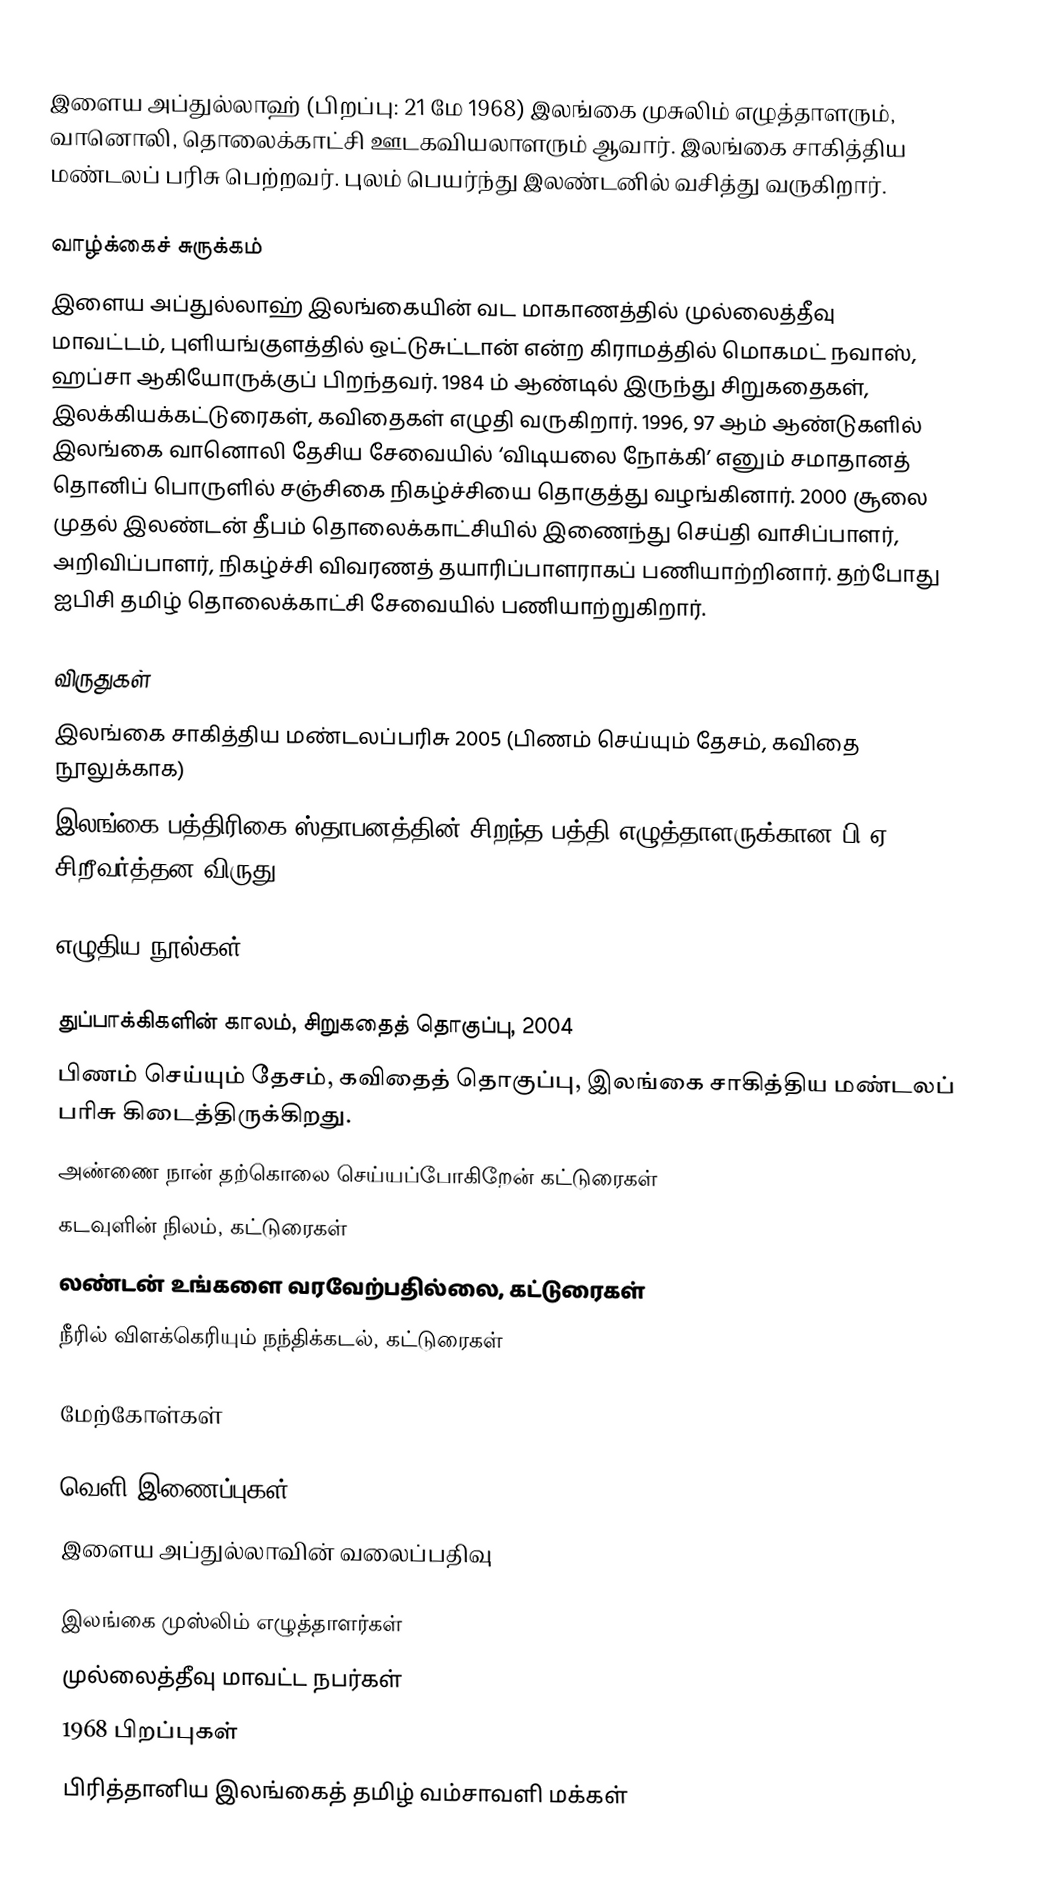
இளைய அப்துல்லாஹ் (பிறப்பு: 21 மே 1968) இலங்கை முசுலிம் எழுத்தாளரும், வானொலி, தொலைக்காட்சி ஊடகவியலாளரும் ஆவார். இலங்கை சாகித்திய மண்டலப் பரிசு பெற்றவர். புலம் பெயர்ந்து இலண்டனில் வசித்து வருகிறார்.

வாழ்க்கைச் சுருக்கம்
இளைய அப்துல்லாஹ் இலங்கையின் வட மாகாணத்தில் முல்லைத்தீவு மாவட்டம், புளியங்குளத்தில் ஒட்டுசுட்டான் என்ற கிராமத்தில் மொகமட் நவாஸ், ஹப்சா ஆகியோருக்குப் பிறந்தவர். 1984 ம் ஆண்டில் இருந்து சிறுகதைகள், இலக்கியக்கட்டுரைகள், கவிதைகள் எழுதி வருகிறார். 1996, 97 ஆம் ஆண்டுகளில் இலங்கை வானொலி தேசிய சேவையில் ‘விடியலை நோக்கி’ எனும் சமாதானத் தொனிப் பொருளில் சஞ்சிகை நிகழ்ச்சியை தொகுத்து வழங்கினார். 2000 சூலை முதல் இலண்டன் தீபம் தொலைக்காட்சியில் இணைந்து செய்தி வாசிப்பாளர், அறிவிப்பாளர், நிகழ்ச்சி விவரணத் தயாரிப்பாளராகப் பணியாற்றினார். தற்போது ஐபிசி தமிழ் தொலைக்காட்சி சேவையில் பணியாற்றுகிறார்.

விருதுகள்
இலங்கை சாகித்திய மண்டலப்பரிசு 2005 (பிணம் செய்யும் தேசம், கவிதை நூலுக்காக)
இலங்கை பத்திரிகை ஸ்தாபனத்தின் சிறந்த பத்தி எழுத்தாளருக்கான பி.ஏ சிறீவர்த்தன விருது 2006

எழுதிய நூல்கள்

துப்பாக்கிகளின் காலம், சிறுகதைத் தொகுப்பு, 2004
பிணம் செய்யும் தேசம், கவிதைத் தொகுப்பு, இலங்கை சாகித்திய மண்டலப் பரிசு கிடைத்திருக்கிறது.
அண்ணை நான் தற்கொலை செய்யப்போகிறேன் கட்டுரைகள்
கடவுளின் நிலம், கட்டுரைகள்
லண்டன் உங்களை வரவேற்பதில்லை, கட்டுரைகள்
நீரில் விளக்கெரியும் நந்திக்கடல், கட்டுரைகள்

மேற்கோள்கள்

வெளி இணைப்புகள்
இளைய அப்துல்லாவின் வலைப்பதிவு

இலங்கை முஸ்லிம் எழுத்தாளர்கள்
முல்லைத்தீவு மாவட்ட நபர்கள்
1968 பிறப்புகள்
பிரித்தானிய இலங்கைத் தமிழ் வம்சாவளி மக்கள்